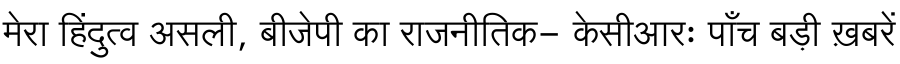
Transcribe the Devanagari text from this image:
मेरा हिंदुत्व असली, बीजेपी का राजनीतिक- केसीआरः पाँच बड़ी ख़बरें